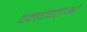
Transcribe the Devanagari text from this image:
वनदेवताओं